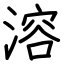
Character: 溶